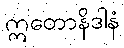
ဣတောနိဒါနံ